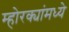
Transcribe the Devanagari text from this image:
म्होरक्यांमध्ये